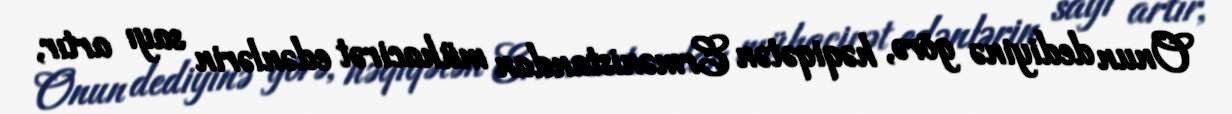
Onun dediyinə görə, həqiqətən Ermənistandan mühacirət edənlərin sayı artır,